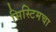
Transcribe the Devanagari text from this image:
सिस्टिमचा